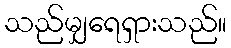
သည်မျှရေရှားသည်။